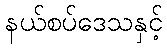
နယ်စပ်ဒေသနှင့်